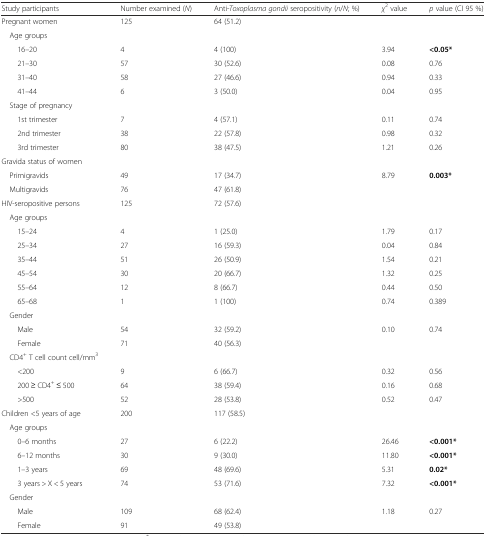
<table><thead><tr><td><b>Study participants</b></td><td><b>Number examined (<i>N</i>)</b></td><td><b>Anti-<i>Toxoplasma gondii</i> seropositivity (<i>n</i>/<i>N</i>; %)</b></td><td><b><i>χ</i><sup>2</sup> value</b></td><td><b><i>p</i> value (CI 95 %)</b></td></tr></thead><tbody><tr><td>Pregnant women</td><td>125</td><td>64 (51.2)</td><td></td><td></td></tr><tr><td> Age groups</td><td></td><td></td><td></td><td></td></tr><tr><td>16–20</td><td>4</td><td>4 (100)</td><td>3.94</td><td><b>&lt;0.05*</b></td></tr><tr><td>21–30</td><td>57</td><td>30 (52.6)</td><td>0.08</td><td>0.76</td></tr><tr><td>31–40</td><td>58</td><td>27 (46.6)</td><td>0.94</td><td>0.33</td></tr><tr><td>41–44</td><td>6</td><td>3 (50.0)</td><td>0.04</td><td>0.95</td></tr><tr><td> Stage of pregnancy</td><td></td><td></td><td></td><td></td></tr><tr><td>1st trimester</td><td>7</td><td>4 (57.1)</td><td>0.11</td><td>0.74</td></tr><tr><td>2nd trimester</td><td>38</td><td>22 (57.8)</td><td>0.98</td><td>0.32</td></tr><tr><td>3rd trimester</td><td>80</td><td>38 (47.5)</td><td>1.21</td><td>0.26</td></tr><tr><td>Gravida status of women</td><td></td><td></td><td></td><td></td></tr><tr><td> Primigravids</td><td>49</td><td>17 (34.7)</td><td>8.79</td><td><b>0.003*</b></td></tr><tr><td> Multigravids</td><td>76</td><td>47 (61.8)</td><td></td><td></td></tr><tr><td>HIV-seropositive persons</td><td>125</td><td>72 (57.6)</td><td></td><td></td></tr><tr><td> Age groups</td><td></td><td></td><td></td><td></td></tr><tr><td>15–24</td><td>4</td><td>1 (25.0)</td><td>1.79</td><td>0.17</td></tr><tr><td>25–34</td><td>27</td><td>16 (59.3)</td><td>0.04</td><td>0.84</td></tr><tr><td>35–44</td><td>51</td><td>26 (50.9)</td><td>1.54</td><td>0.21</td></tr><tr><td>45–54</td><td>30</td><td>20 (66.7)</td><td>1.32</td><td>0.25</td></tr><tr><td>55–64</td><td>12</td><td>8 (66.7)</td><td>0.44</td><td>0.50</td></tr><tr><td>65–68</td><td>1</td><td>1 (100)</td><td>0.74</td><td>0.389</td></tr><tr><td> Gender</td><td></td><td></td><td></td><td></td></tr><tr><td>Male</td><td>54</td><td>32 (59.2)</td><td>0.10</td><td>0.74</td></tr><tr><td>Female</td><td>71</td><td>40 (56.3)</td><td></td><td></td></tr><tr><td> CD4<sup>+</sup> T cell count cell/mm<sup>3</sup></td><td></td><td></td><td></td><td></td></tr><tr><td>&lt;200</td><td>9</td><td>6 (66.7)</td><td>0.32</td><td>0.56</td></tr><tr><td>200 ≥ CD4<sup>+</sup> ≤ 500</td><td>64</td><td>38 (59.4)</td><td>0.16</td><td>0.68</td></tr><tr><td>&gt;500</td><td>52</td><td>28 (53.8)</td><td>0.52</td><td>0.47</td></tr><tr><td>Children &lt;5 years of age</td><td>200</td><td>117 (58.5)</td><td></td><td></td></tr><tr><td> Age groups</td><td></td><td></td><td></td><td></td></tr><tr><td>0–6 months</td><td>27</td><td>6 (22.2)</td><td>26.46</td><td><b>&lt;0.001*</b></td></tr><tr><td>6–12 months</td><td>30</td><td>9 (30.0)</td><td>11.80</td><td><b>&lt;0.001*</b></td></tr><tr><td>1–3 years</td><td>69</td><td>48 (69.6)</td><td>5.31</td><td><b>0.02*</b></td></tr><tr><td>3 years &gt; X &lt; 5 years</td><td>74</td><td>53 (71.6)</td><td>7.32</td><td><b>&lt;0.001*</b></td></tr><tr><td> Gender</td><td></td><td></td><td></td><td></td></tr><tr><td>Male</td><td>109</td><td>68 (62.4)</td><td>1.18</td><td>0.27</td></tr><tr><td>Female</td><td>91</td><td>49 (53.8)</td><td></td><td></td></tr></tbody></table>